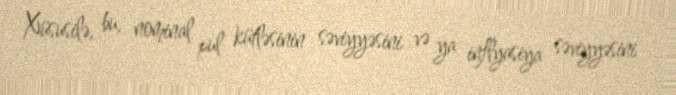
Xüsusilə, bu, nominal pul kütləsinin səviyyəsini və ya inflyasiya səviyyəsini